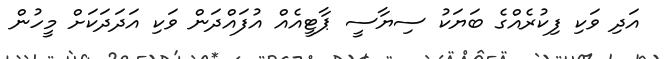
އަދި ވަކި ފިކުރެއްގެ ބަޔަކު ސިޔާސީ ޕާޓީއެއް އުފައްދަން ވަކި އަދަދަކަށް މީހުން